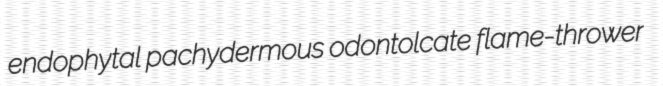
endophytal pachydermous odontolcate flame-thrower